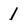
Character: l